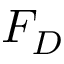
F _ { D }